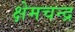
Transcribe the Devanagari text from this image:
क्षेमचन्‍द्र